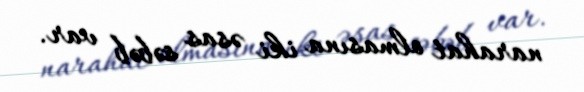
narahat olmasına iki əsas səbəb var.